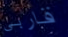
قاربي